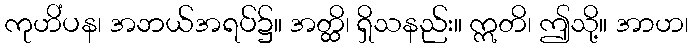
ကုဟိံပန၊ အဘယ်အရပ်၌။ အတ္ထိ၊ ရှိသနည်း။ ဣတိ၊ ဤသို့။ အာဟ၊